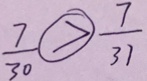
\frac { 7 } { 3 0 } \textcircled { > } \frac { 7 } { 3 1 }